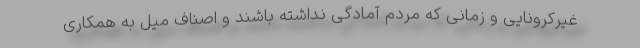
غیرکرونایی و زمانی که مردم آمادگی نداشته باشند و اصناف میل به همکاری